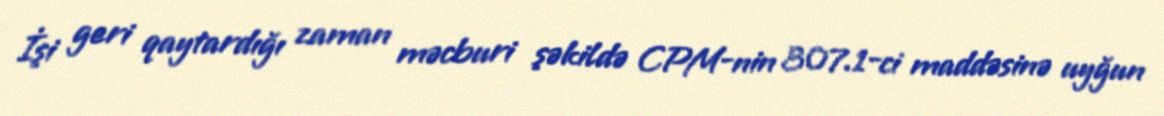
İşi geri qaytardığı zaman məcburi şəkildə CPM-nin 307.1-ci maddəsinə uyğun